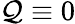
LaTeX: \mathcal{Q}\equiv0